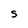
Character: S